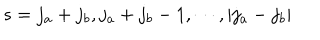
LaTeX: s = j _ { a } + j _ { b } , j _ { a } + j _ { b } - 1 , \cdots , | j _ { a } - j _ { b } |